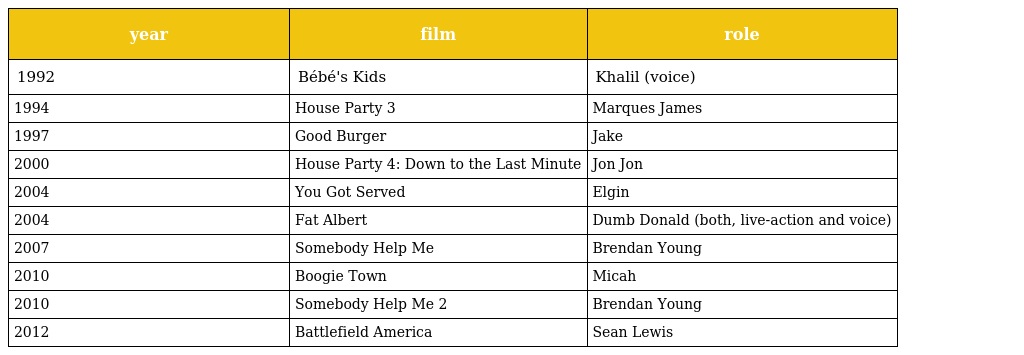
| year | film | role |
 | --- | --- | --- |
 | 1992 | Bébé's Kids | Khalil (voice) |
 | 1994 | House Party 3 | Marques James |
 | 1997 | Good Burger | Jake |
 | 2000 | House Party 4: Down to the Last Minute | Jon Jon |
 | 2004 | You Got Served | Elgin |
 | 2004 | Fat Albert | Dumb Donald (both, live-action and voice) |
 | 2007 | Somebody Help Me | Brendan Young |
 | 2010 | Boogie Town | Micah |
 | 2010 | Somebody Help Me 2 | Brendan Young |
 | 2012 | Battlefield America | Sean Lewis |